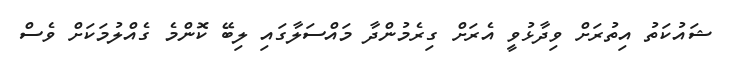
ޝައުކަތު އިތުރަށް ވިދާޅުވީ އެރަށް ގިރެމުންދާ މައްސަލާގައި ލިބޭ ކޮންމެ ގެއްލުމަކަށް ވެސް